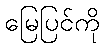
မြေပြင်ကို